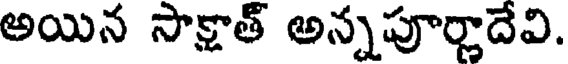
అయిన సాక్షాత్ అన్నపూర్ణాదేవి.